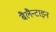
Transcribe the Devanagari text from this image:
बैलैन्टाइन